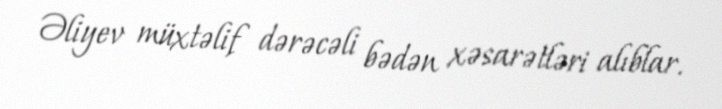
Əliyev müxtəlif dərəcəli bədən xəsarətləri alıblar.